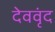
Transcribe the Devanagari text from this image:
देववृंद